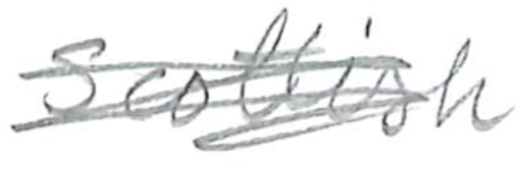
Text: Scottish
Cross-out: scratch
Writing tool: pencil